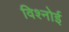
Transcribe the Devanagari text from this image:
विश्‍नोई